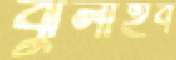
ঝুলাইব